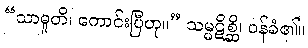
“သာဓူတိ၊ ကောင်းပြီဟု။” သမ္မဋိစ္ဆိ၊ ဝန်ခံ၏။